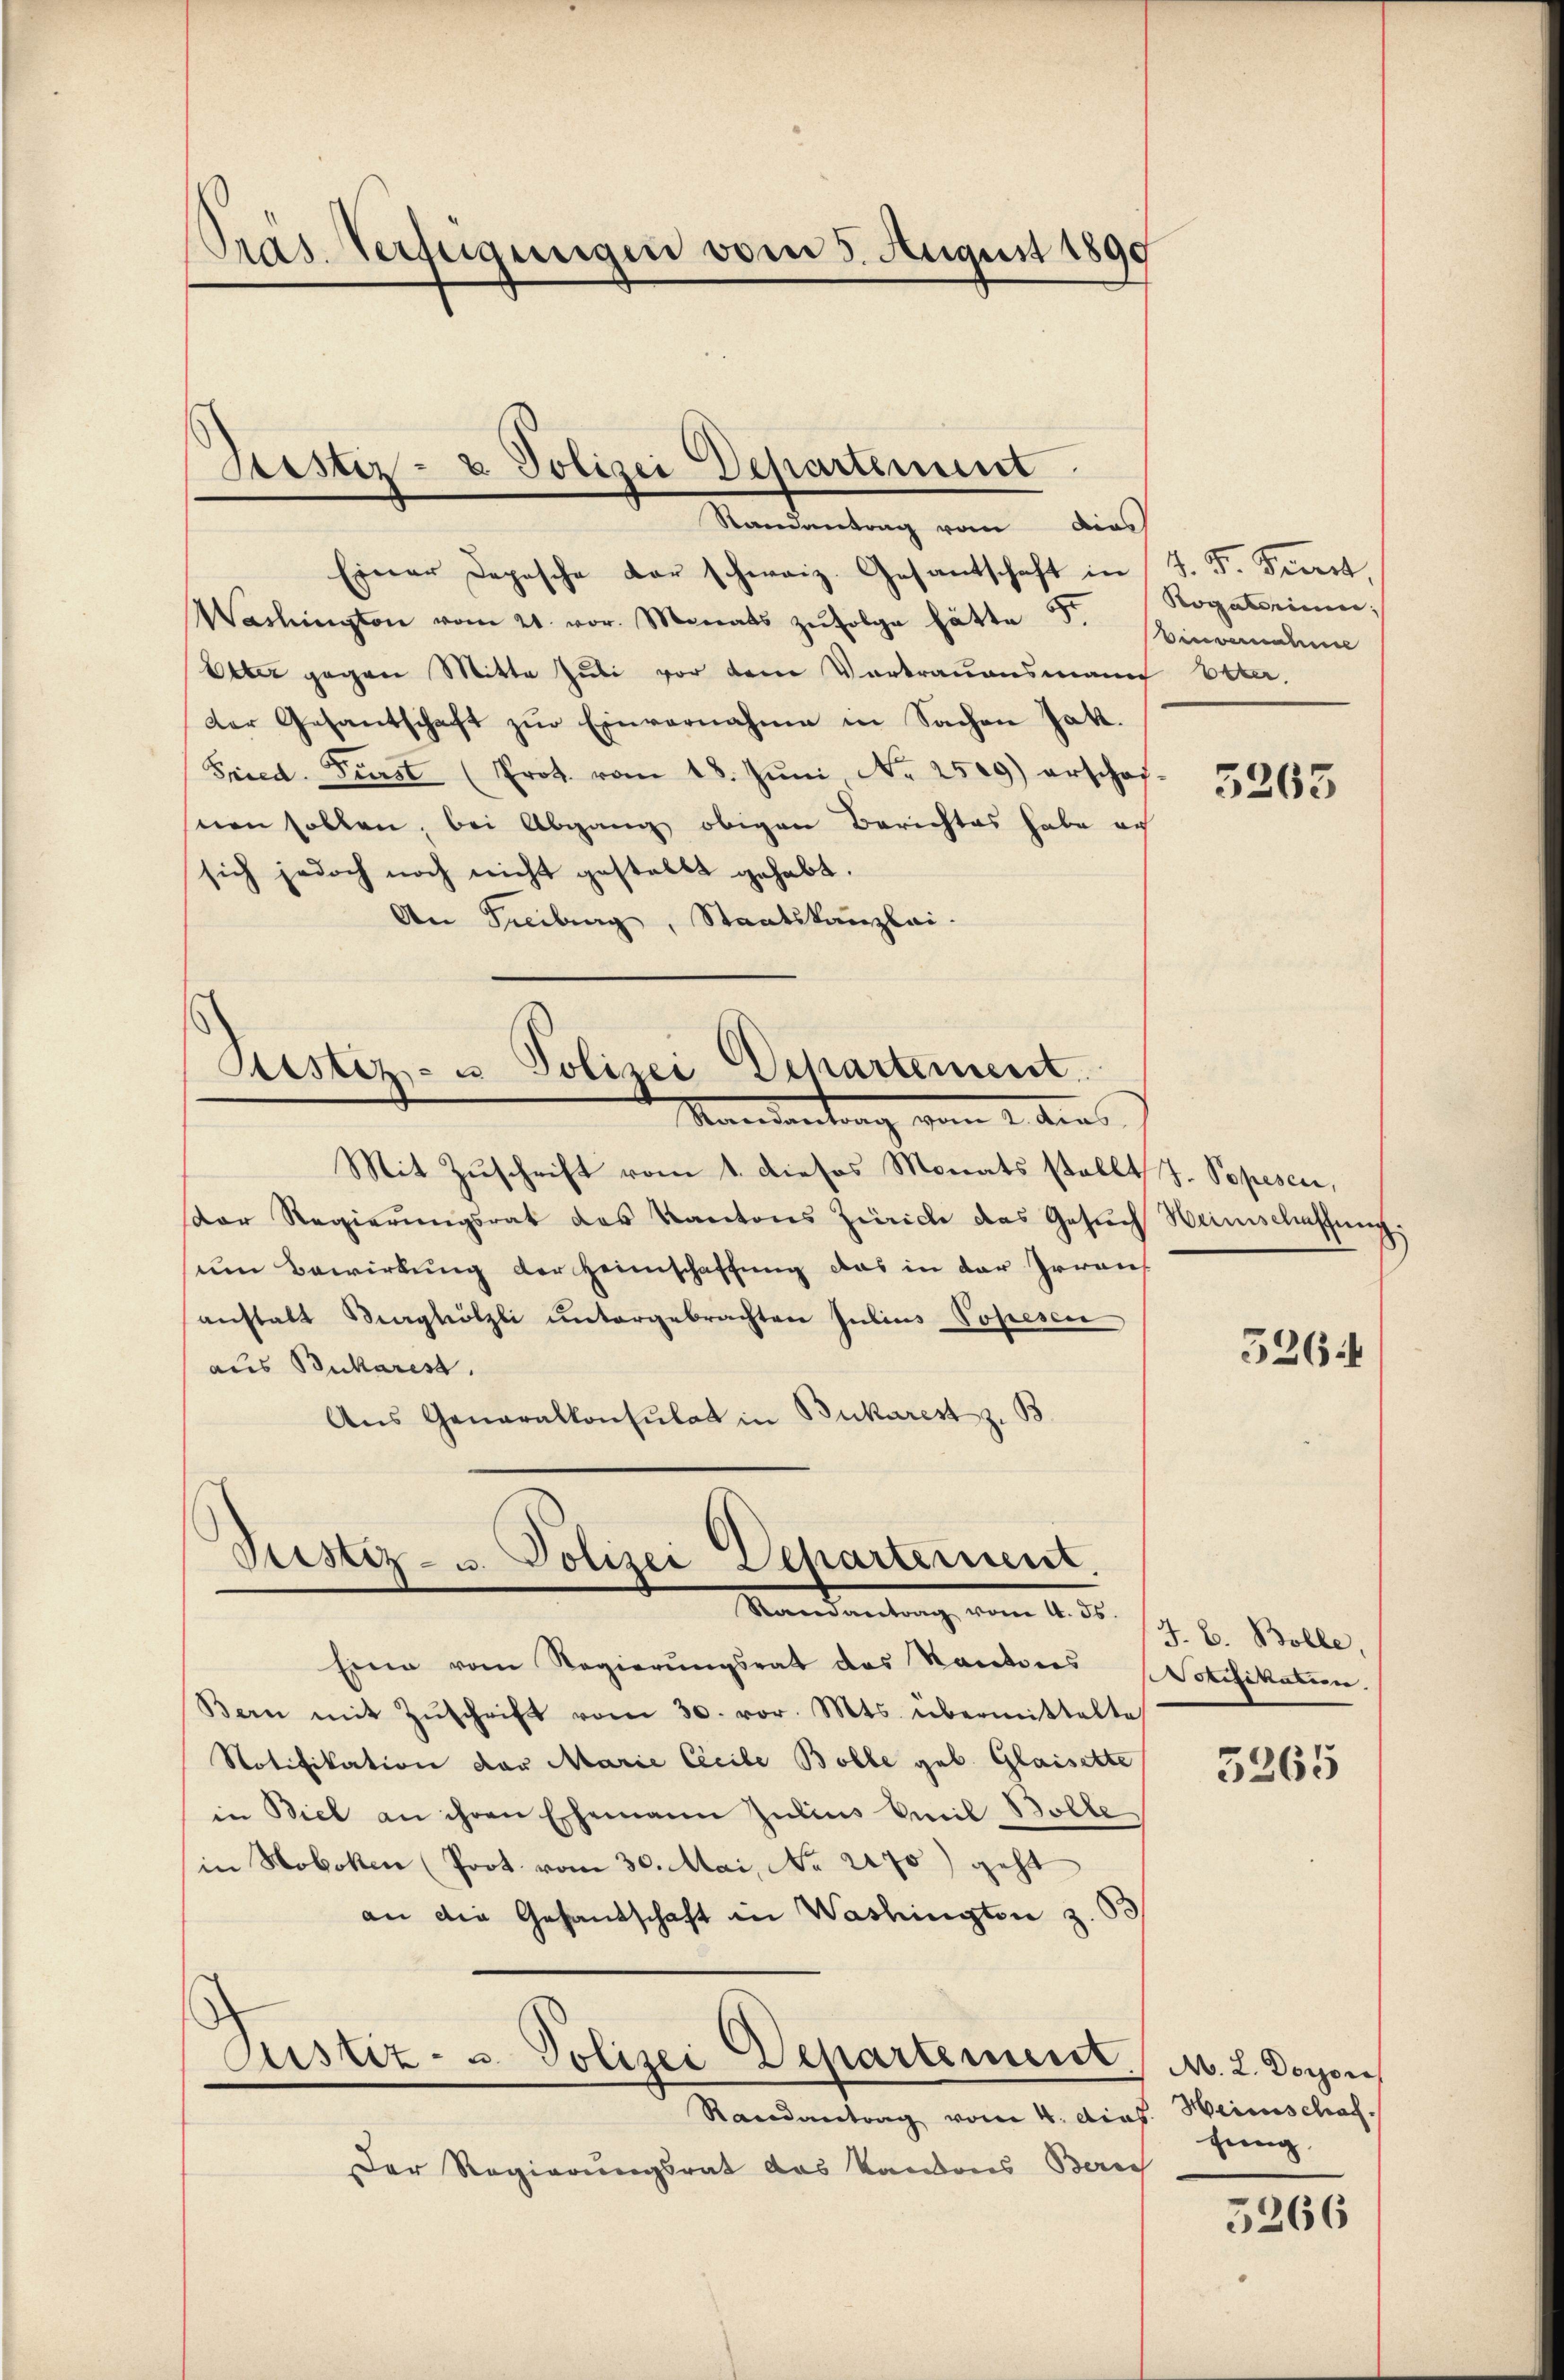
Randantrag vom dies
Einer Depesche der schweiz. Gesandtschaft in J. F. Fiert,
Washington vom 21. vor. Monats zŭfolge hätte F. Hinwendun
Etter gegen Mitte Juli vor dem Vortrauensmann betr.
der Gesantschaft zur Einvernahme in Sachen Jak.
Fried. Fürst (Prot. vom 18. Jŭni, Nr. 2509) erschaf-
snen sollen, bei Abgang obigen Berichtes habe au
sich jedoch noch nicht gestellt gehabt.
An Freibung, Staatskanzlei.

Präs. Verfügungen vom 5. August 1890

Gester- & Polizei Departement

Vestiz- u Polizei Departement.
Mandantrag vom 2. dies

Mit Zuschrift vom 1. dieses Monats stellt J. Popesen,
Der Regierŭngsrat des Kantons Zürich das Gesŭch Heimschaffung.
um Bewirkung der Heimschaffung das in der Irraus
anstatt Maghölzli untergebrachten Julius Popresci
aus Buchares.
Aus Generalkonsulat in Bukarest z. B.

Justiz- u. Polizei Dehartement
Mandametung vom 10. d.

Justiz- u. Polizei Departement

Rogatorium,

Eine vom Regierŭngsrat das Racetiers Votifikation.
Bern mit Zŭschrift vom 30. vor. Mts. übermittelte
Notifikation der Marie Cicile Bolle geb. Glasette
in Biel an ihren Ehemann Julius Emil Bolle
in Noboken (Prot. vom 30. Mai, No 2170) geht
an die Gesantschaft in Washingten z. S.

Randantrag vom 4. das.
Der Regierungsrat das kantons Zürich

5265

5264

J. C. Bolle,

5365

M. L. Dorpore
Heimschaf
fung

5266